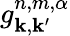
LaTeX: g_{\mathbf{k},\mathbf{k}^{\prime}}^{n,m,\alpha}